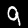
Digit: 9